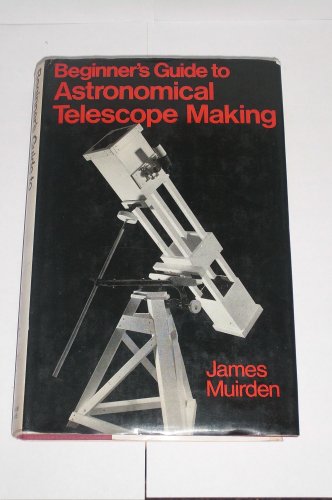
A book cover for Beginner's Guide to Astronomical Telescope Making; James Muirden; Science & Math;